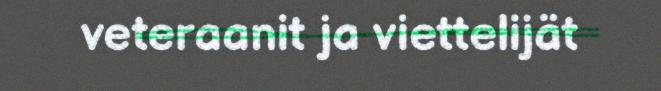
veteraanit ja viettelijät